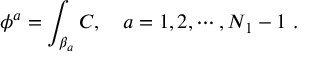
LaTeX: \phi ^ { a } = \int _ { \beta _ { a } } C , \quad a = 1 , 2 , \cdots , N _ { 1 } - 1 \ .